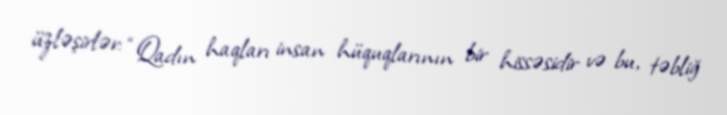
üzləşirlər: “Qadın haqları insan hüquqlarının bir hissəsidir və bu, təbliğ